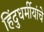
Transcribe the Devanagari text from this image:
हिंदुधर्मीयांचे